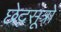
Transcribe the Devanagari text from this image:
छेदसूत्रों